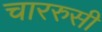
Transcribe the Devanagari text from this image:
चाररुसी